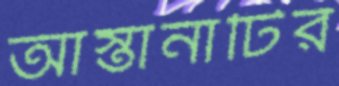
আস্তানাটির